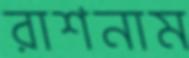
রাশনাম